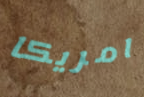
امريكا